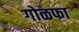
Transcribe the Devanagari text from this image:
गोळफा